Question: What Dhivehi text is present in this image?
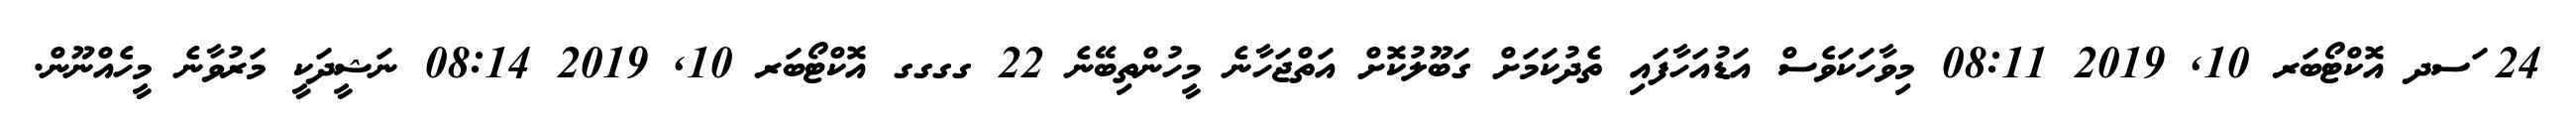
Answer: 24 ަސދ އޮކްޓޯބަރ 10, 2019 08:11 މިވާހަކަވެސް އަޑުއަހާފައި ތެދުކަމަށް ގަބޫލުކޮށް އަތްޖަހާނެ މީހުންތިބޭނެ 22 ގގގގ އޮކްޓޯބަރ 10, 2019 08:14 ނަޝީދަކީ މަރުވާނެ މީހެއްނޫން.